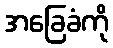
အခြေခံကို